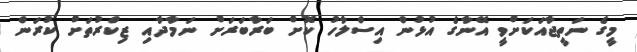
މީގެ ނަތީޖާއަކަށްވީ އޭނާގެ އުޅުން އިސްލާހު ކޮށް ބަރާބަރަށް ނަމާދާއި ޒިކްރުތަށް ކުރަން